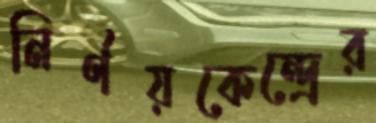
নির্ণয়কেন্দ্রের